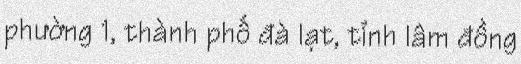
phường 1, thành phố đà lạt, tỉnh lâm đồng